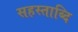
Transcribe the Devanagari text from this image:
सहस्ताब्दि